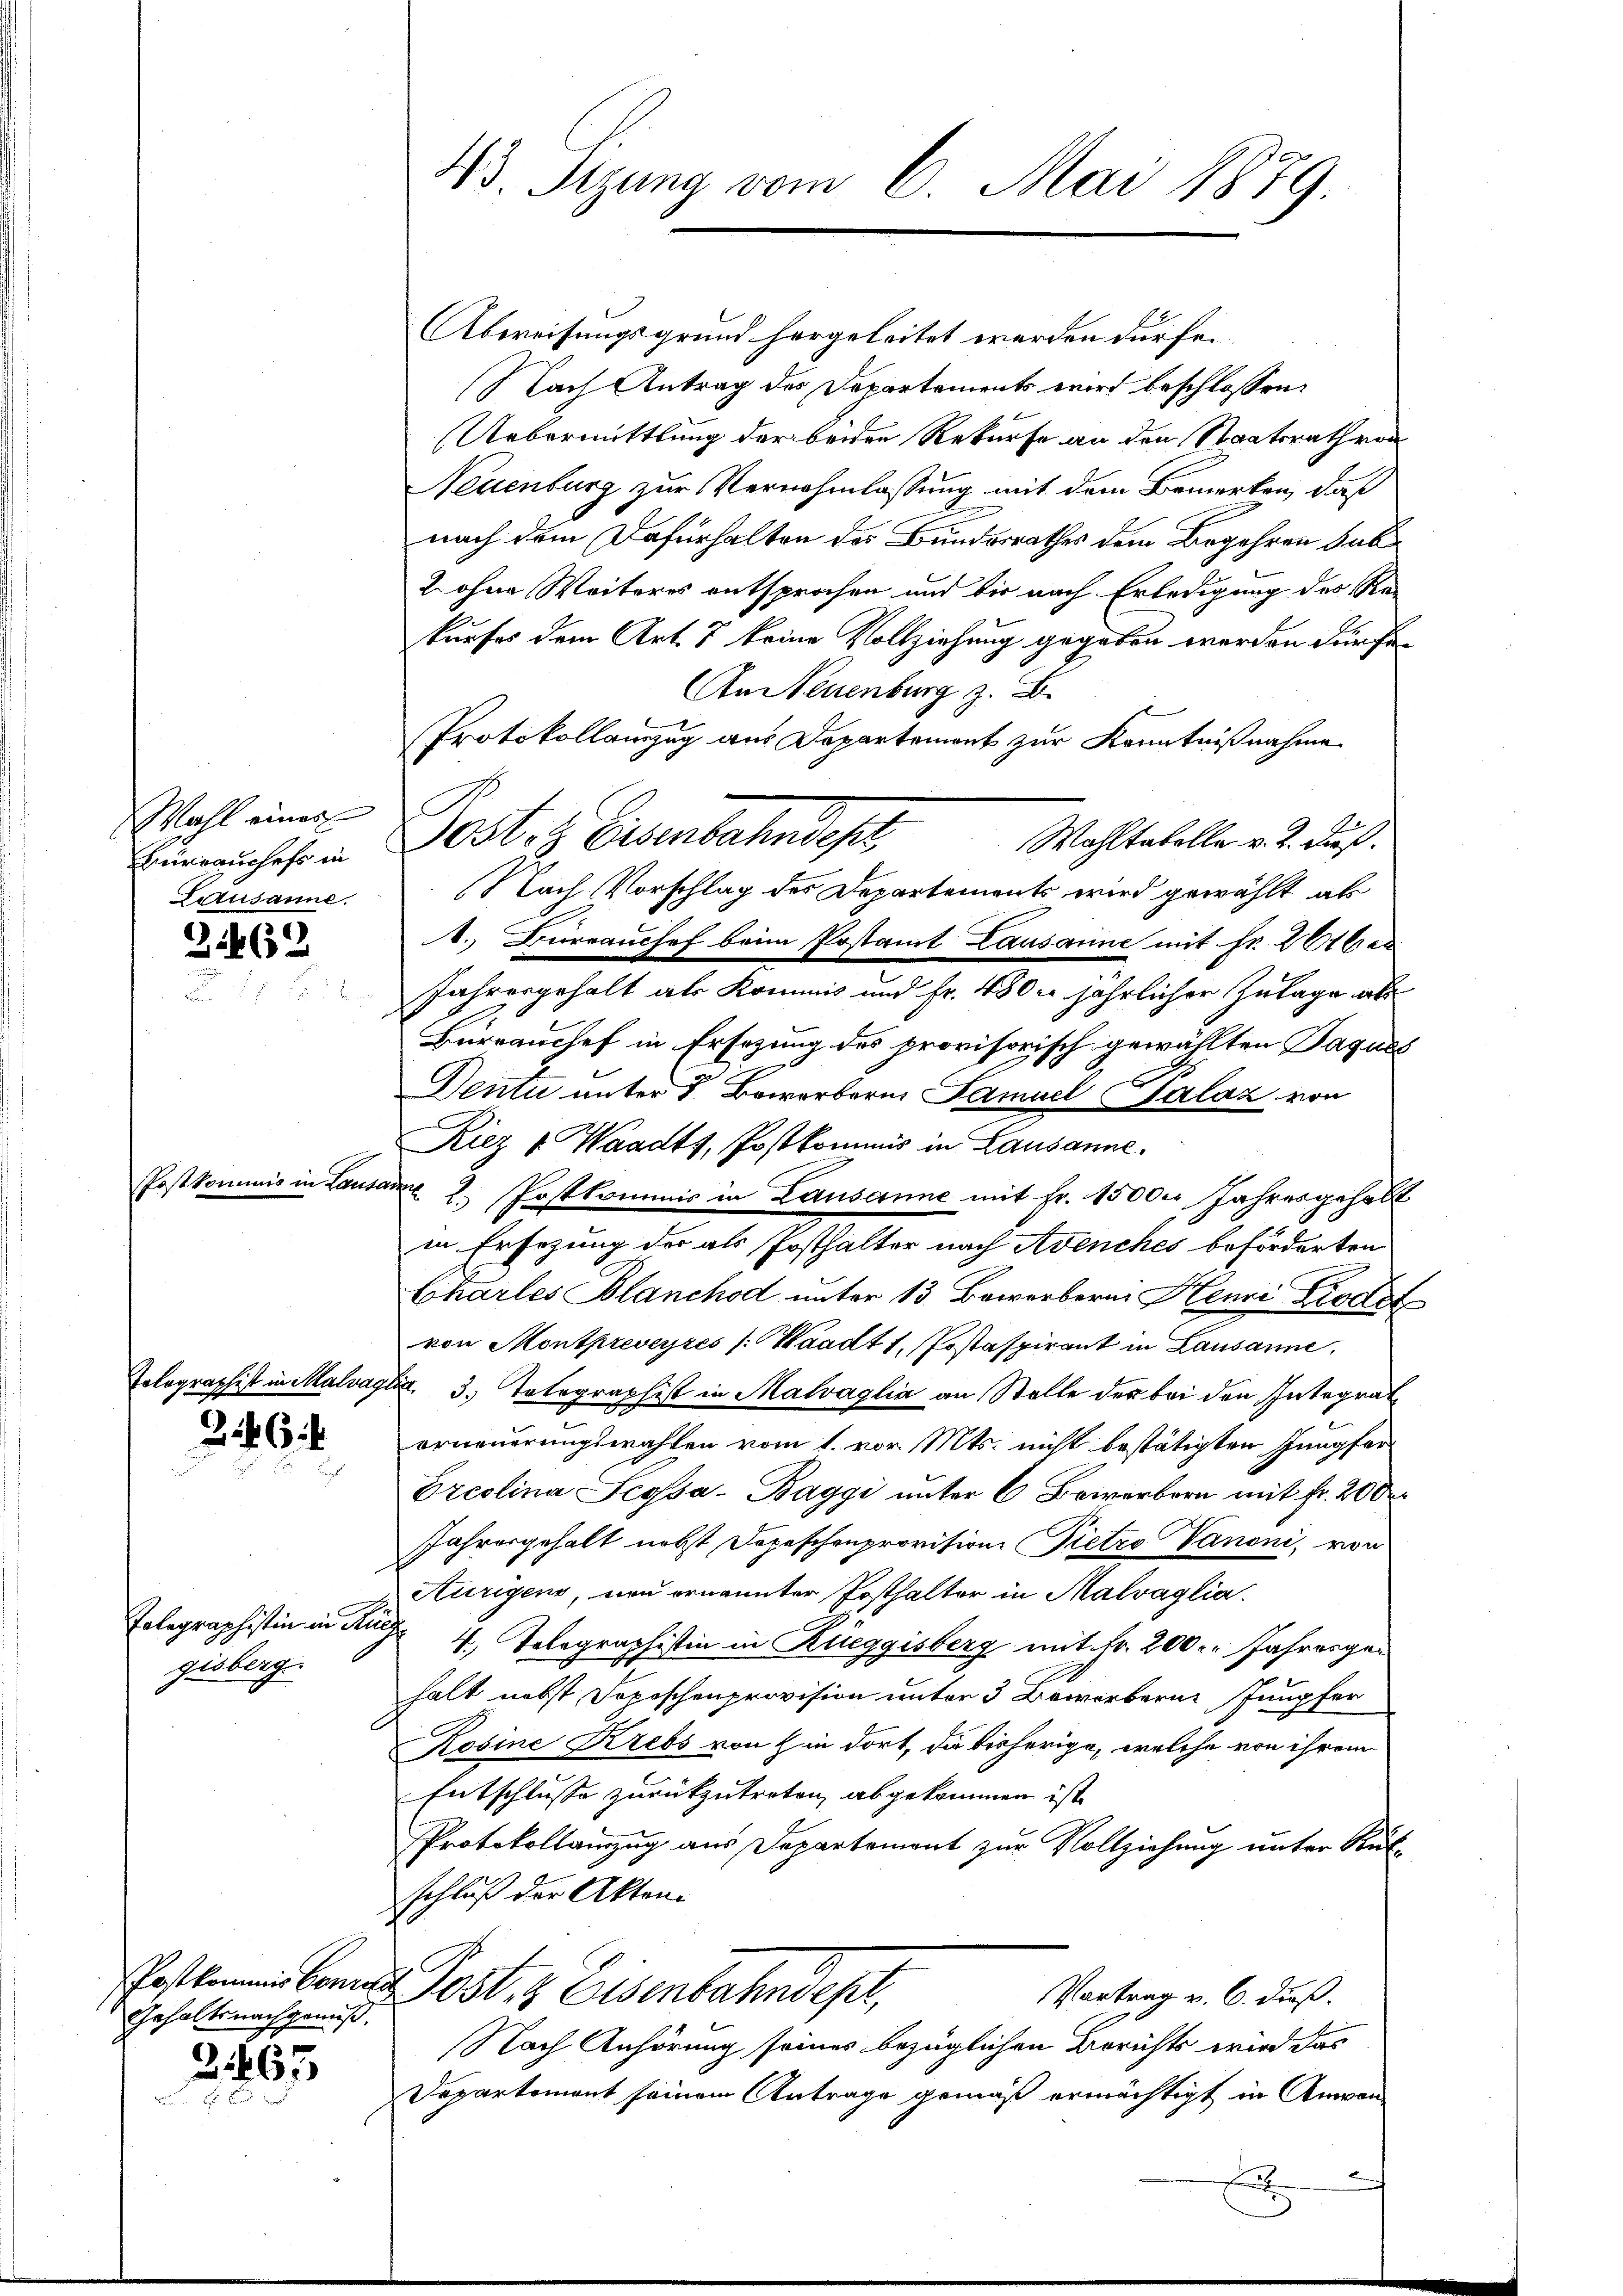
Wahl einer
Berrauchefs in

3462

Postkomm

es in von

246 f

Tolographistin in de
gisberg.

Gehaltsnachgenuß.

2467

43. Sizung vom 6. Mai 1879.

Abweisungsgrund hergeleitet werden dürfen.
(Nach Antrag des Departements wird beschlossen:
Uebermittlung der beiden Rekurse an den Staatsrath von
Neuenburg zur Vernehmlassung mit dem Bemerken, daß
nach dem Dafürhalten des Bundesrathes dem Begehren sub
2 ohne Weiteres entsprochen und die nach Erledigung des Rekurfes dem Art. 7 keine Vollziehung gegeben werden durchen
An Neuenburg z. B.
t
Protokollanzug aus Departement zur Kenntnißnahme
10st. Eisenbahndepr
Wahltabelle v. 2. dieß.
Lausanne. Nach Vorschlag des Departements wird gewählt als
. Burrauchef beim Postamt Lausanne mit Fr. 261 er
Jahresgehalt als Kommis und Fr. 4800. jährlicher Zulage als
Bürrauchef in Ersezung des provisorisch gewählten Paques
Denti unter 2. Bewerbern Samuel Calaz von
Riez u. Waadt, Postkommis in Lausanne.
auf
2. Postkommis in Lausanne mit Fr. 15000 Jahresgehalt
in Ersezung der als Posthalter nach Avenches beförderten
Charles Blanchod unter 13 Bewerberei Henri Piodat
von Montpreveyres (Waadt 1. Postaspirant in Lausanne,
Tolographist in Malvaglin 3. Totographist in Malvaglia an Stelle der bei den Integrat
.
erneuerungswahlen vom 1. vor. Mts. nicht bestätigten Jungfer
Ercolina Scysa-Baggi unter 6 Bowarborn mit Fr. 200
Jahresgehalt nebst Dopeschenprovision Pietro Vanoni, von
Aurigens, non ernannter Posthalter in Malvaglia.
 4. Solographistin in Rüeggisberg mit Fr. 200. Jahrengen
halt nebst Doposchenprovision unter 3 Beworbern Jungfer
Rosine Krebs von in dort, die bisherige, welche von ihrem
Entschlusse zurückzutreten, abgekommen ist,
Protokollauszug aus Departement zur Vollziehung unter Rütschluß der Akten.
Posten Berner Post, z. Eisenbahndept,
Vortrag v. 6. dieß.
Nach Anhörung seines bezüglichen Berichts wird das
Departement seinem Antrage gemäß ermächtigt in Anwen¬
.